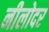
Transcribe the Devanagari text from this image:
नीलोदर